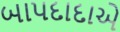
બાપદાદાએ